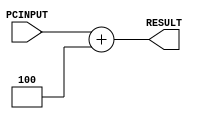
module adder(PCINPUT, RESULT);
    input [31:0] PCINPUT;
    output [31:0] RESULT;
    reg RESULT;

    always@(PCINPUT) begin
        RESULT = PCINPUT + 4;
    end
endmodule